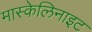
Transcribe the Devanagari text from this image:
मास्केलिनाइट